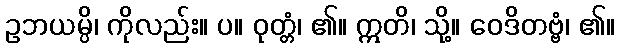
ဥဘယမ္ပိ၊ ကိုလည်း။ ပ။ ဝုတ္တံ၊ ၏။ ဣတိ၊ သို့။ ဝေဒိတဗ္ဗံ၊ ၏။